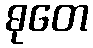
ဓုတေ